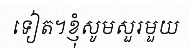
ទៀត។ខ្ញុំសូមសួរមួយ